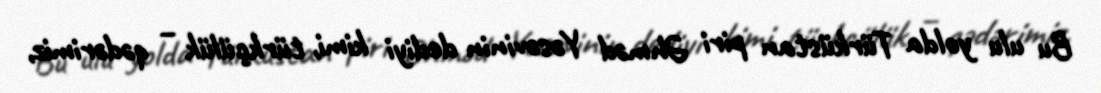
Bu ulu yolda Türküstan piri Əhməd Yəsəvinin dediyi kimi, türkçülük – qədərimiz,